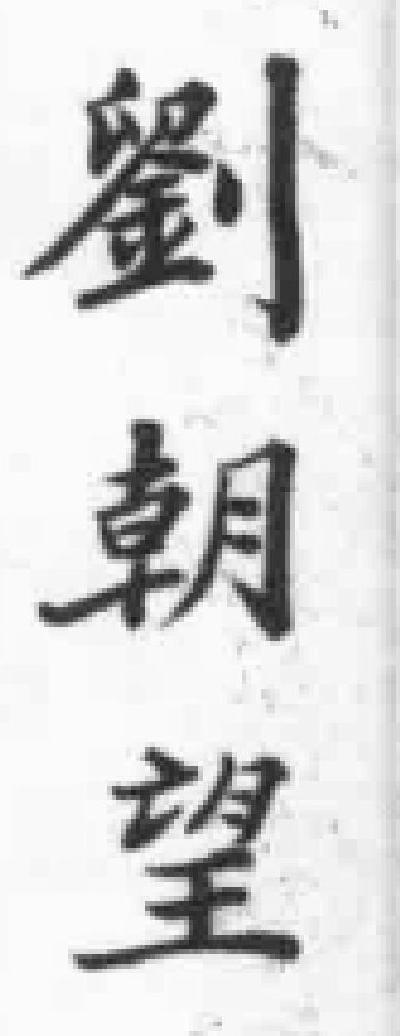
劉朝望